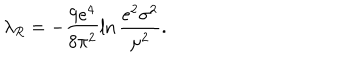
\lambda _ { R } = - \frac { 9 e ^ { 4 } } { 8 \pi ^ { 2 } } \ln \frac { e ^ { 2 } \sigma ^ { 2 } } { \mu ^ { 2 } } .